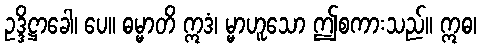
ဥဒ္ဒိဋ္ဌာခေါ၊ ပေ။ ဓမ္မာတိ ဣဒံ၊ မ္မာဟူသော ဤစကားသည်။ ဣဓ၊